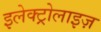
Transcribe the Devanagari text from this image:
इलेक्ट्रोलाइज़